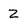
Character: Z